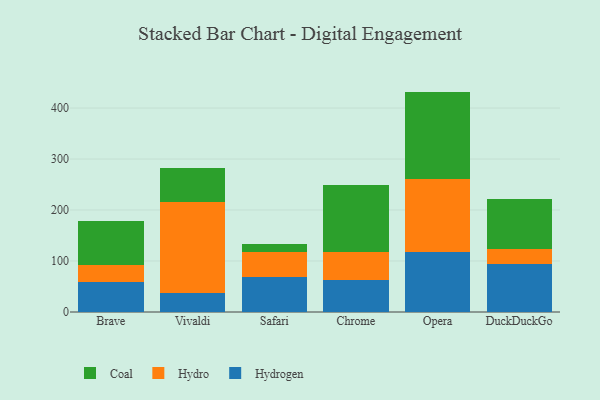
{"axis": {"x": "Browser", "y": "Latency (ms)"}, "legend": ["Coal", "Hydro", "Hydrogen"], "data": [{"x": "Brave", "y": 59.1, "type": "Hydrogen"}, {"x": "Brave", "y": 33.4, "type": "Hydro"}, {"x": "Brave", "y": 85.1, "type": "Coal"}, {"x": "Vivaldi", "y": 37.3, "type": "Hydrogen"}, {"x": "Vivaldi", "y": 179.1, "type": "Hydro"}, {"x": "Vivaldi", "y": 66.8, "type": "Coal"}, {"x": "Safari", "y": 69.1, "type": "Hydrogen"}, {"x": "Safari", "y": 49.2, "type": "Hydro"}, {"x": "Safari", "y": 15.6, "type": "Coal"}, {"x": "Chrome", "y": 62.6, "type": "Hydrogen"}, {"x": "Chrome", "y": 54.9, "type": "Hydro"}, {"x": "Chrome", "y": 131.4, "type": "Coal"}, {"x": "Opera", "y": 118.0, "type": "Hydrogen"}, {"x": "Opera", "y": 143.4, "type": "Hydro"}, {"x": "Opera", "y": 170.8, "type": "Coal"}, {"x": "DuckDuckGo", "y": 93.5, "type": "Hydrogen"}, {"x": "DuckDuckGo", "y": 29.5, "type": "Hydro"}, {"x": "DuckDuckGo", "y": 99.4, "type": "Coal"}]}